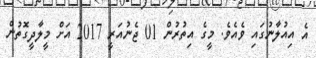
އެ އިއުލާނުގައި ވެއެވެ. މީގެ އިތުރުން 01 ޖެނުއަރީ 2017 އަށް މީލާދީގޮތުން